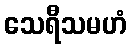
သေရီသမဟံ